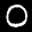
Label: 0